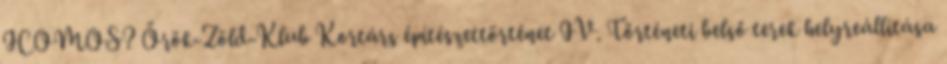
ICOMOS? Örök-Zöld-Klub Kortárs építészettörténet IV. Történeti belső terek helyreállítása